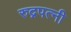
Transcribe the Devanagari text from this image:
रुद्रपत्नी